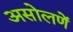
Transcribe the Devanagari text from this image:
असोलणें